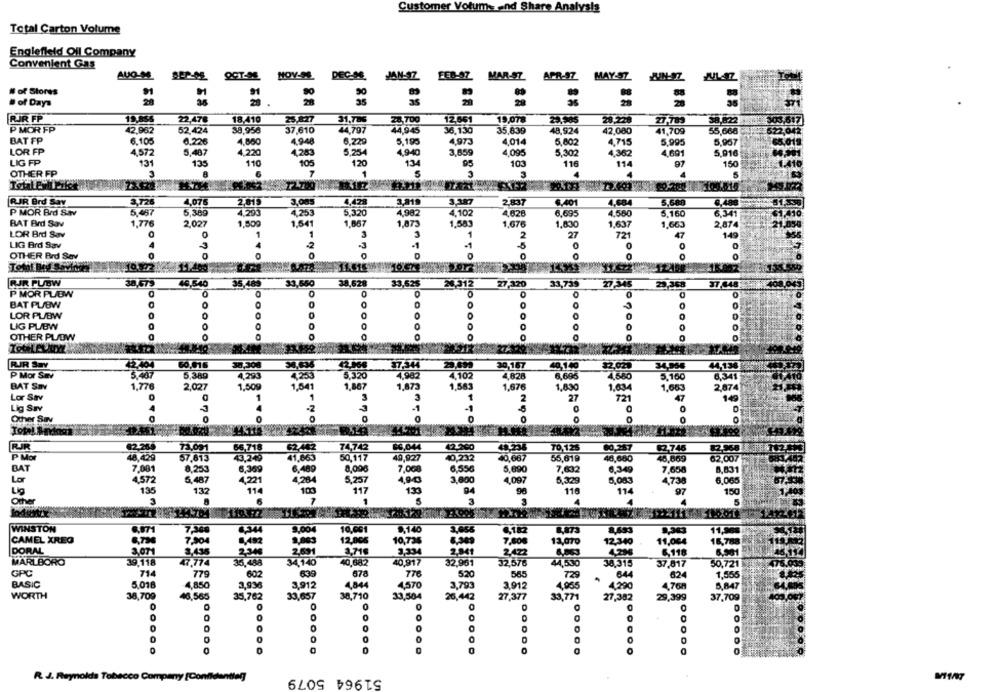
Customer Votums and Share Analysis
Total Carton Volume
Englefield Oil Company
Convenient Gas
AUG-M
MOV-
DEC-SE
JAN-SZ
FEB-S7 MAR-S7
APR-97 MAY-SZ
# of Stores
of Days
28
35
29
RIR FP
18,410
22,478
23,8:27
31,786
28 700
12.551
19,078
29.505
28.228
27,789
38.822
P MOR FP
42.962
52.424
38,956
37,610
44,797
44,945
36,130
35.839
48,924
42.080
41,709
55,668
BAT FP
6.105
6.226
4.860
4.948
8.729
5,190
4.973
4.014
5,602
4.715
5,995
5.967
LOR FP
4,572
5,487
4.220
4,283
5,254
4,940
3,659
4,095
5,302
4.362
4,691
5,916
LIG FP
131
135
110
105
120
134
95
10
116
114
97
150
OTHER FP
3
1
S
3.726
4,075
2.815
3,005
3.219
3.387
RJR Brd Sav
4,428
2,837
6.401
4.684
5,580
P MOR Brd Sav
5.467
5,389
4.295
4,253
5.320
4,982
4.102
4,628
6.69
4.560
5.160
6,341
1,776
1.500
1.867
1.676
BAT Brd Sav
2.027
1,541
1,873
1,583
1.830
1,637
1,663
2,87
LOR Brd Sav
0
1
1
3
1
2
27
72
47
149
LIG Brd Sav
A
2
-1
0
0
0
OTHER Brd Sev
0
Total Bd Saving
GUJR PUBW
38.479
46.540
35,489
33,550
38.628
33,525
26,312
27.320
33,739
27.345
23 368
37.548
P MOR PLOW
0
0
0
0
BAT PUBW
0
LOR PL/BW
0
0
0
0
0
LIG PL/BW
OTHER PLOW
RJR Sav
42404
50,015
38,308
34.536
37,344
30,187
40,1.40
$2.029
5.407
4.102
P Mor Smv
5,389
4.293
4.253
5,320
4,982
4.828
6,696
4,580
5,160
BAT Sav
1,776
2,027
1.509
1,541
1,887
1,873
1,543
1,676
1,830
1,634
1,68
2,87
Lor Sav
3
3
1
2
27
721
47
Lig Sav
-1
0
Other SIN
NO
NOO
Total. Smak
82.269
72,091
66,718
62,442
74,742
86.044
42,200
48.236
TO 125
60.287
12746
P Mor
48.429
57.813
43,249
41,663
50,117
49,927
40,667
55,619
46,680
40,665
BAT
7,001
8,253
6,359
6,489
8,00€
7,000
6,556
5,690
7,632
6.349
8,831
4,572
7,85
Lo
6.487
4221
4,264
5,257
400
3,800
4.097
5,329
5,083
475
6,065
Lig
135
132
103
117
135
90
116
114
97
150
114
Other
6
7
1
a
4
WINSTON
7.30
4344
9.004
10.661
9,140
3,056
8,493
CAMEL XREG
7.904
12,005
10,734
12,070
8,492
3,003
7,008
12,340
DORAL
3,071
3.435
2.340
2631
3,71€
2.841
2422
6.119
MARLBORO
39.118
35,488
40,917
32,961
44,530
47,774
34,140
40,682
32,576
38,315
37.817
50,721
GPC
714
779
602
678
776
520
565
72
64
624
1,556
BASIC
5.018
4,850
3,936
3.912
4.844
4,570
3,793
3,912
4.935
4.290
4768
8,847
WORTH
38,709
48.586
33,657
26,442
35,762
38,710
33,504
27,377
27,382
29,399
37,700
0
0
O
0
0
.....
0
R. J. Reynolds Tobacco Company [Confio
51964 5079